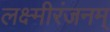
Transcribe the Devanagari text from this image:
लक्ष्मीरंजनम्